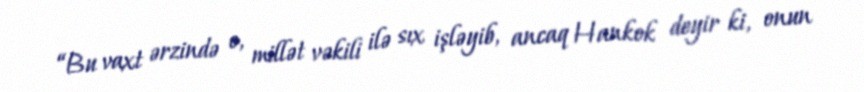
“Bu vaxt ərzində o, millət vəkili ilə sıx işləyib, ancaq Hankok deyir ki, onun